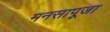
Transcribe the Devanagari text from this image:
मनसापूजा